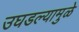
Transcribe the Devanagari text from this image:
उघडल्यामुळे